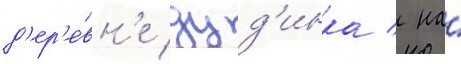
д'ер'е́вн'е дуд'инка / на́